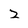
Character: Z